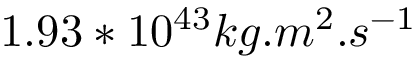
1 . 9 3 * 1 0 ^ { 4 3 } k g . m ^ { 2 } . s ^ { - 1 }